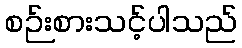
စဉ်းစားသင့်ပါသည်